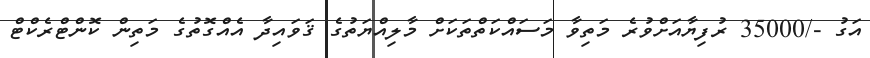
އަގު -/35000 ރުފިޔާއަށްވުރެ މަތިވާ މަސައްކަތްތަކަށް މާލިއްޔަތުގެ ޤަވައިދާ އެއްގޮތުގެ މަތިން ކޮންޓްރެކްޓް